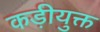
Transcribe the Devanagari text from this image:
कड़ीयुक्त